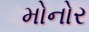
મોનોર